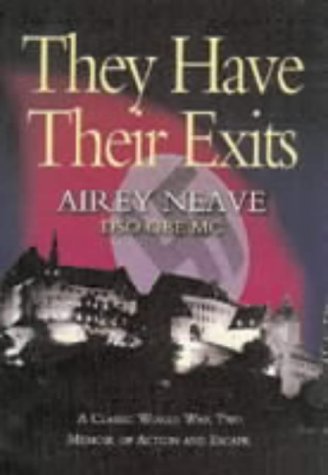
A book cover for THEY HAVE THEIR EXITS: A Classic World War Two Memoir of Action and Escape; Airey Neave (DSO OBE MC); History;